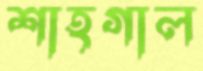
শাহগাল